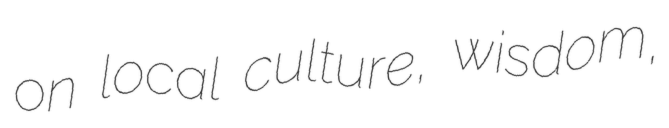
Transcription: on local culture, wisdom,